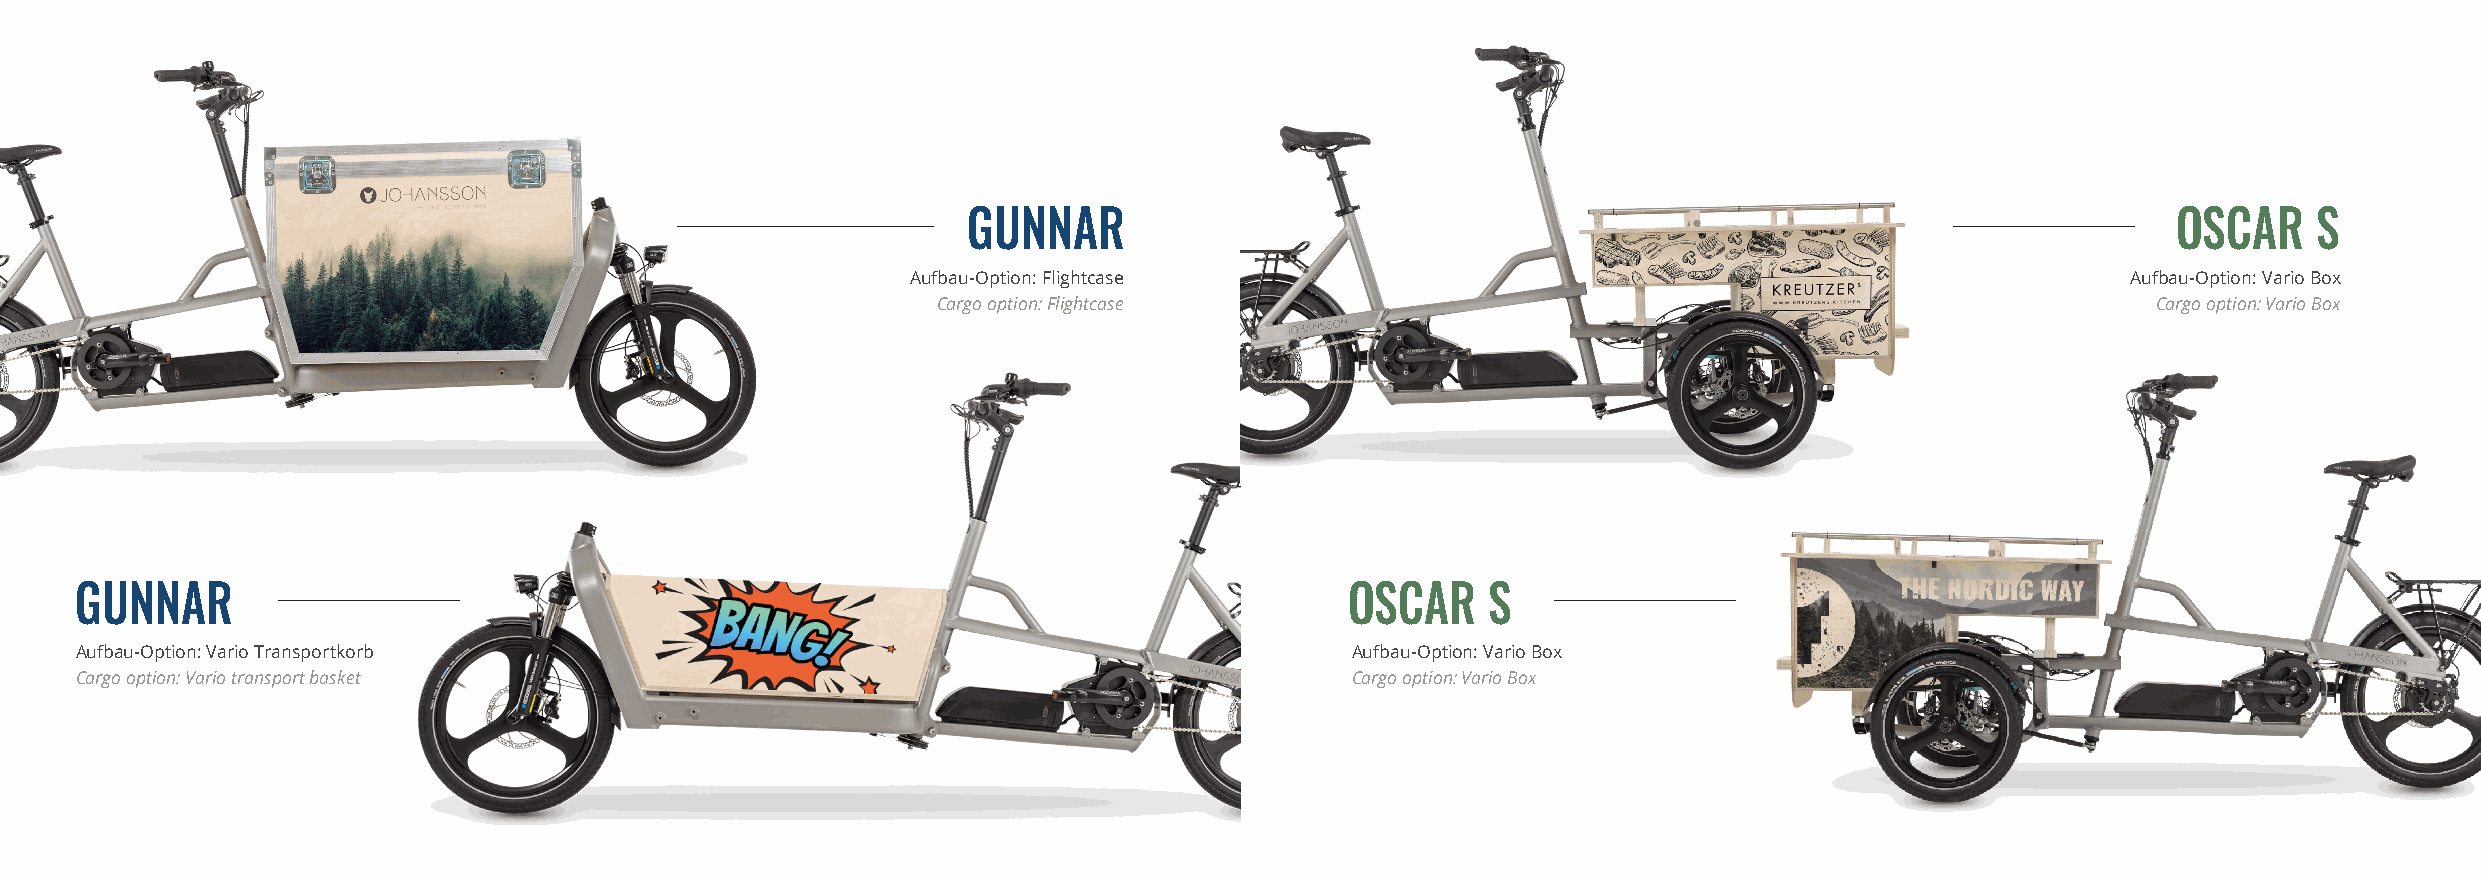
GUNNAR                                                                          OSCAR    S
 Aufbau-Option: Flightcase                                                        Aufbau-Option: Vario Box
 Cargo option: Flightcase                                                         Cargo option: Vario Box
 GUNNAR                                                                              OSCAR     S
 Aufbau-Option: Vario Transportkorb                                                  Aufbau-Option: Vario Box
 Cargo option: Vario transport basket                                                Cargo option: Vario Box